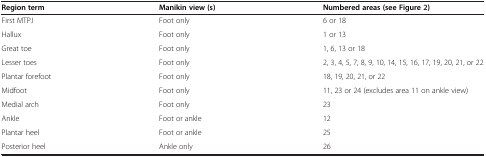
<table><thead><tr><td><b>Region term</b></td><td><b>Manikin view (s)</b></td><td><b>Numbered areas (see Figure2)</b></td></tr></thead><tbody><tr><td>First MTPJ</td><td>Foot only</td><td>6 or 18</td></tr><tr><td>Hallux</td><td>Foot only</td><td>1 or 13</td></tr><tr><td>Great toe</td><td>Foot only</td><td>1, 6, 13 or 18</td></tr><tr><td>Lesser toes</td><td>Foot only</td><td>2, 3, 4, 5, 7, 8, 9, 10, 14, 15, 16, 17, 19, 20, 21, or 22</td></tr><tr><td>Plantar forefoot</td><td>Foot only</td><td>18, 19, 20, 21, or 22</td></tr><tr><td>Midfoot</td><td>Foot only</td><td>11, 23 or 24 (excludes area 11 on ankle view)</td></tr><tr><td>Medial arch</td><td>Foot only</td><td>23</td></tr><tr><td>Ankle</td><td>Foot or ankle</td><td>12</td></tr><tr><td>Plantar heel</td><td>Foot or ankle</td><td>25</td></tr><tr><td>Posterior heel</td><td>Ankle only</td><td>26</td></tr></tbody></table>